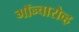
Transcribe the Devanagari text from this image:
गॉन्चारोव्ह